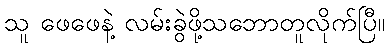
သူ ဖေဖေနဲ့ လမ်းခွဲဖို့သဘောတူလိုက်ပြီ။